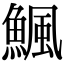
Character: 𩹥